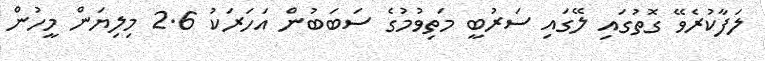
ލަފާކުރެވޭ ގޮތުގައި ލޭގައި ސަރުބީ މަތިވުމުގެ ސަބަބުން އަހަރަކު 2.6 މިލިޔަން މީހުން